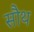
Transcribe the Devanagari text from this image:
सौथ